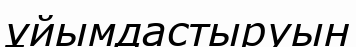
ұйымдастыруын